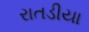
રાતડીયા